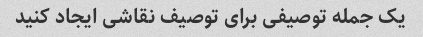
یک جمله توصیفی برای توصیف نقاشی ایجاد کنید